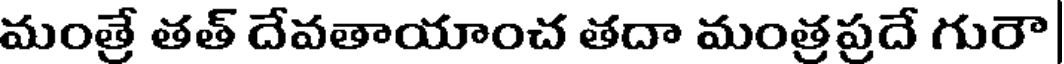
మంత్రే తత్ దేవతాయాంచ తదా మంత్రప్రదే గురౌ